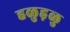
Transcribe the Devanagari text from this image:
हळुह़ळु